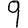
Digit: 9